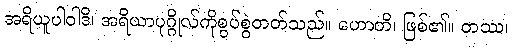
အရိယူပါဝါဒိ၊ အရိယာပုဂ္ဂိုလ်ကိုစွပ်စွဲတတ်သည်။ ဟောတိ၊ ဖြစ်၏။ တဿ၊